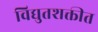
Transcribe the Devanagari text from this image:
विद्युतशक्तीत